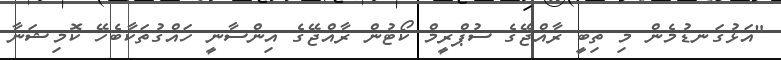
"އަޅުގަނޑުމެން މި ތިބީ ރާއްޖޭގެ ސުޕްރީމް ކޯޓުން ރާއްޖޭގެ އިންސާނީ ހައްގުތަކާބެހޭ ކޮމިޝަނާ